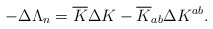
\begin{align*}-\Delta \Lambda_n={\overline K} \Delta K -{\overline K_{ab}} \Delta K^{ab}.\end{align*}